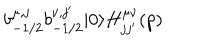
LaTeX: b _ { - 1 / 2 } ^ { \mu , j } b _ { - 1 / 2 } ^ { \nu , j ^ { \prime } } | 0 \rangle H _ { j j ^ { \prime } } ^ { \mu \nu } ( p )